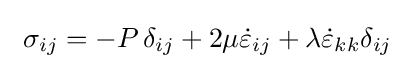
\,\,\sigma _{ij}=-P\,\delta _{ij}+2\mu {\dot {\varepsilon }}_{ij}+\lambda {\dot {\varepsilon }}_{kk}\delta _{ij}